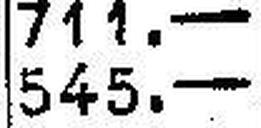
545.—